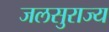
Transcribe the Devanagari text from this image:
जलसुराज्य